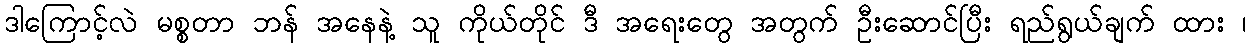
ဒါကြောင့်လဲ မစ္စတာ ဘန် အနေနဲ့ သူ ကိုယ်တိုင် ဒီ အရေးတွေ အတွက် ဦးဆောင်ပြီး ရည်ရွယ်ချက် ထား ၊